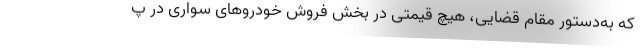
که به‌دستور مقام قضایی، هیچ قیمتی در بخش فروش خودروهای سواری در پ